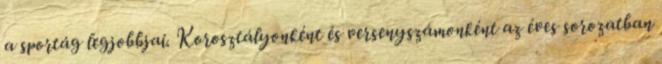
a sportág legjobbjai. Korosztályonként és versenyszámonként az éves sorozatban